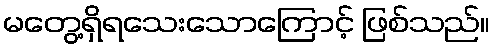
မတွေ့ရှိရသေးသောကြောင့် ဖြစ်သည်။